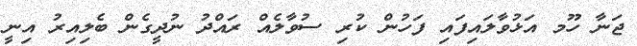
ޖަނާ ހޫމ އަޅުވާލައިފައި ފަހުން ކުރި ސުވާލެއް ރައްދު ނުދީގެން ބެލިއިރު އިނީ